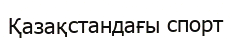
Қазақстандағы спорт